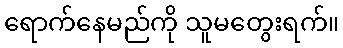
ရောက်နေမည်ကို သူမတွေးရက်။